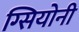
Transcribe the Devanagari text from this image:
ग्सियोनी